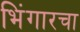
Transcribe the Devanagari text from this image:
भिंगारचा